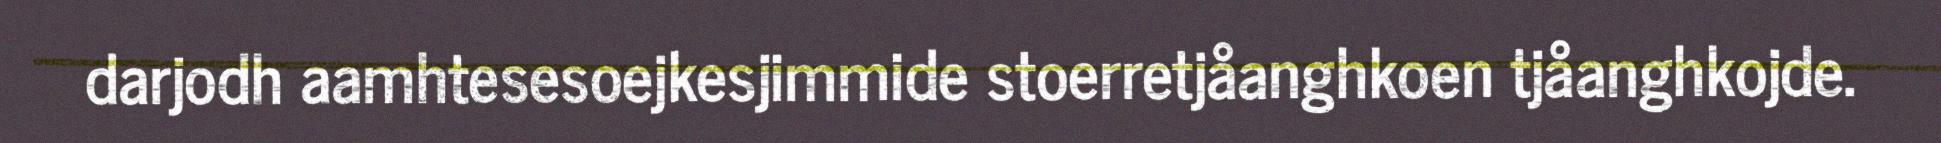
darjodh aamhtesesoejkesjimmide stoerretjåanghkoen tjåanghkojde.